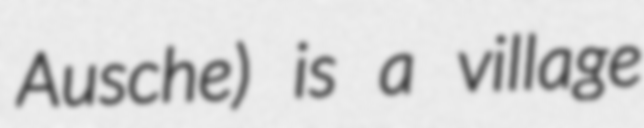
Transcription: Ausche) is a village